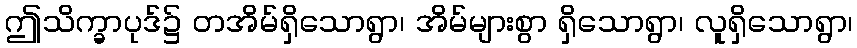
ဤသိက္ခာပုဒ်၌ တအိမ်ရှိသောရွာ၊ အိမ်များစွာ ရှိသောရွာ၊ လူရှိသောရွာ၊